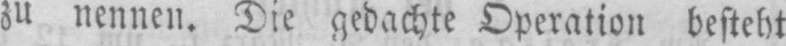
zu nennen. Die gedachte Operation besteht